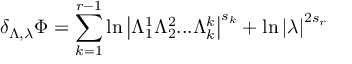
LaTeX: \delta _ { \Lambda , \lambda } \Phi = \sum _ { k = 1 } ^ { r - 1 } \ln \left| \Lambda _ { 1 } ^ { 1 } \Lambda _ { 2 } ^ { 2 } . . . \Lambda _ { k } ^ { k } \right| ^ { s _ { k } } + \ln \left| \lambda \right| ^ { 2 s _ { r } }